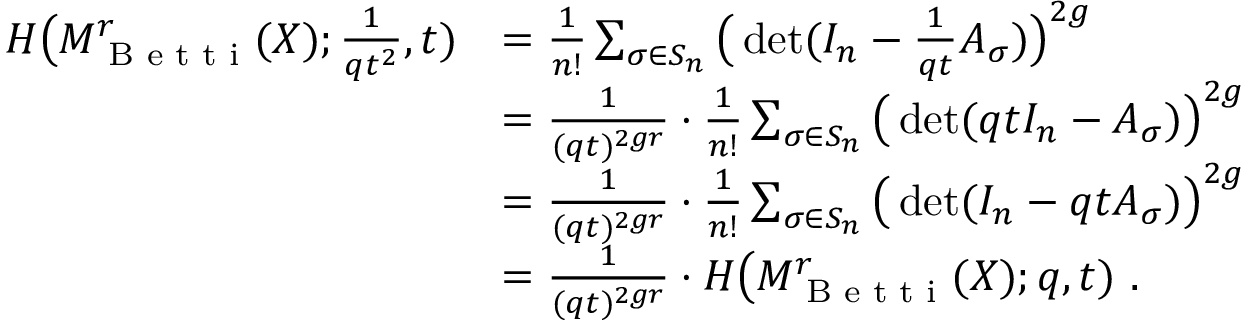
\begin{array} { r l } { H \big ( M _ { \textrm { B e t t i } } ^ { r } ( X ) ; \frac { 1 } { q t ^ { 2 } } , t ) } & { = \frac { 1 } { n ! } \sum _ { \sigma \in S _ { n } } \big ( \operatorname* { d e t } ( I _ { n } - \frac { 1 } { q t } A _ { \sigma } ) \big ) ^ { 2 g } } \\ & { = \frac { 1 } { ( q t ) ^ { 2 g r } } \cdot \frac { 1 } { n ! } \sum _ { \sigma \in S _ { n } } \big ( \operatorname* { d e t } ( q t I _ { n } - A _ { \sigma } ) \big ) ^ { 2 g } } \\ & { = \frac { 1 } { ( q t ) ^ { 2 g r } } \cdot \frac { 1 } { n ! } \sum _ { \sigma \in S _ { n } } \big ( \operatorname* { d e t } ( I _ { n } - q t A _ { \sigma } ) \big ) ^ { 2 g } } \\ & { = \frac { 1 } { ( q t ) ^ { 2 g r } } \cdot H \big ( M _ { \textrm { B e t t i } } ^ { r } ( X ) ; q , t ) \ . } \end{array}